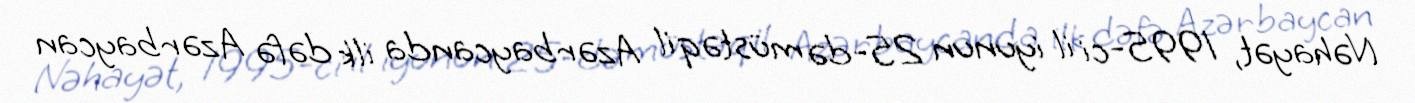
Nəhayət, 1995-ci il iyunun 25-də müstəqil Azərbaycanda ilk dəfə Azərbaycan